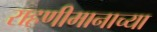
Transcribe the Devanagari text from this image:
राहणीमानाच्या